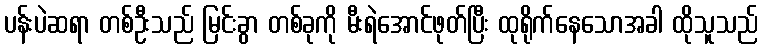
ပန်းပဲဆရာ တစ်ဦးသည် မြင်းခွာ တစ်ခုကို မီးရဲအောင်ဖုတ်ပြီး ထုရိုက်နေသောအခါ ထိုသူသည်